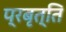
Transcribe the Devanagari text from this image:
प्रबृत्ति